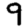
Digit: 9